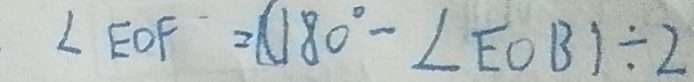
\angle E O F = ( 1 8 0 ^ { \circ } - \angle E O B ) \div 2